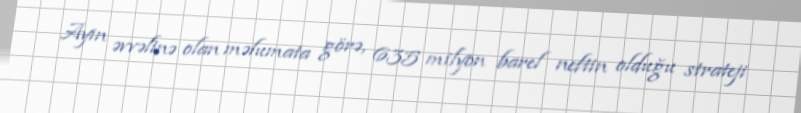
Ayın əvvəlinə olan məlumata görə, 635 milyon barel neftin olduğu strateji